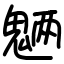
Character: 魉